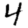
Digit: 4